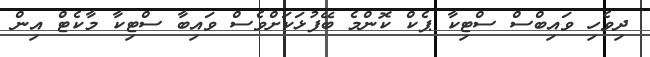
ދިވެހި ވައިބްސް ސްޓިކާ ޕެކް ކޮންމެ ބޭފުޅަކަށްވެސް ވައިބާ ސްޓިކާ މާކެޓް އިން